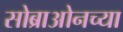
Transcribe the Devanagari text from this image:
सोब्राओनच्या